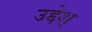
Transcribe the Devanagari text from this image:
उद्देश्